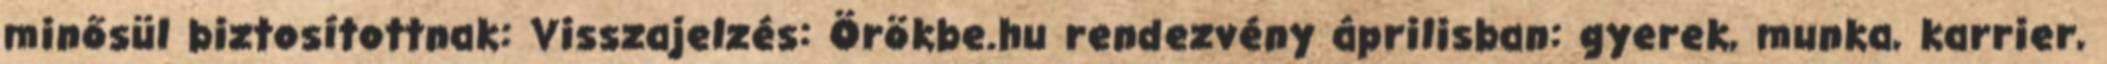
minősül biztosítottnak: Visszajelzés: Örökbe.hu rendezvény áprilisban: gyerek, munka, karrier,